Annual report of the Civil Veterinary Department, Bengal, for the year 1897-98 - 1897-1898
Year: 1897
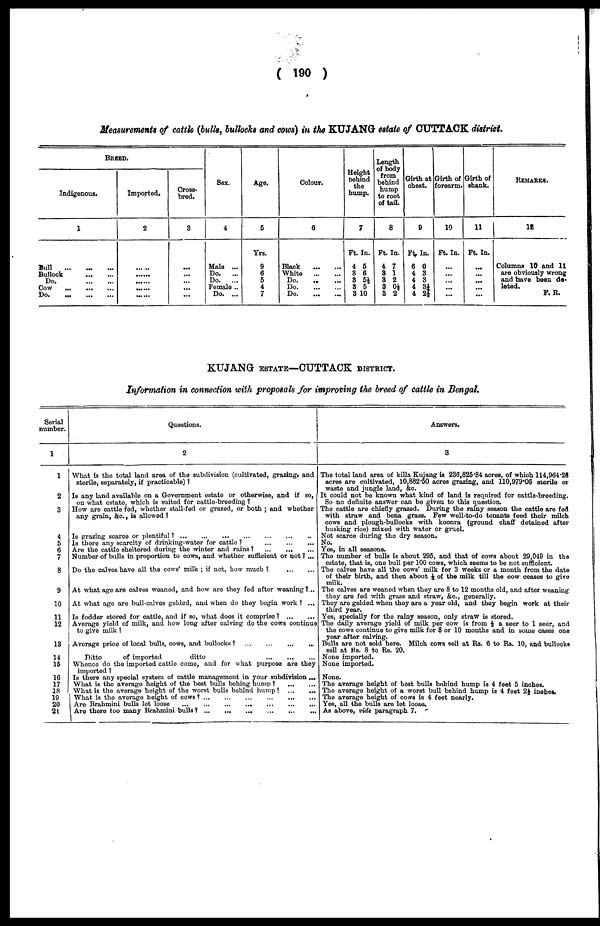
( 190 )
Measurement of cattle (bulls, bullocks and cows) in the KUJANG estate of CUTTACK district.
BREED.
Indigenous.
1
Bull
...
...
...
Bullock
...
...
Do.
...
...
Cow
...
...
...
Do.
...
...
...
Imported.
2
... ...
... ...
... ...
... ...
... ...
Cross-
bred.
3
...
...
...
...
...
Sex.
4
Male ...
Do.
...
Do.
...
Female ..
Do. ...
Age.
5
Yrs.
9
6
5
4
7
Colour.
6
Black
...
...
White
...
...
Do.
...
...
Do.
...
...
Do.
...
...
Height
behind
the
hump.
7
Ft.
4
3
3
3
3
In.
5
6
5½
5
10
Length
of body
from
behind
hump
to root
of tail.
8
Ft.
4
3
3
3
3
In.
7
1
2
0½
2
Girth at
chest.
9
Ft
6
4
4
4
4
In.
0
3
3
3¼
2½
Girth of
forearm.
10
Ft. In.
...
...
...
...
...
Girth of
shank.
11
Ft. In.
...
...
...
...
REMARKS.
12
Columns 10 and 11
are obviously wrong
and have been da-
leted.
F.R.
KUJANG ESTATE—CUTTACK DISTRICT.
Information in connection with proposals for improving the breed of cattle in Bengal.
Serial
number.
1
1
2
3
4
5
6
7
8
9
10
11
12
13
14
15
16
17
18
19
20
21
Questions.
2
What is the total land area of the subdivision (cultivated, grazing, and
sterile, separately, if practicable) ?
Is any land available on a Government estate or otherwise, and if so,
on what estate, which is suited for cattle-breeding ?
How are cattle fed, whether stall-fed or grazed, or both ; and whether
any grain, &c., is allowed ?
Is grazing scarce or plentiful?
...
...
...
...
...
...
...
Is there any scarcity of drinking-water for cattle?
...
...
...
Are the cattle sheltered during the winter and rains ?
...
...
...
Number of bulls in proportion to cows, and whether sufficient or not ? ...
Do the calves have all the cows' milk ; if not, how much ? ... ...
At what age are calves weaned, and how are they fed after weaning? ...
At what age are bull-calves gelded, and when do they begin work ? ...
Is fodder stored for cattle, and if so, what does it comprise ?
...
...
Average yield of milk, and how long after calving do the cows continue
to give milk ?
Average price of local bulls, cows, and bullocks?
...
...
...
...
Ditto
of imported
ditto
...
...
...
Whence do the imported cattle come, and for what purpose are they
imported ?
Is there any special system of cattle management in your subdivision ...
What is the average height of the best bulls behing hump?
...
...
What is the average height of the worst bulls behind hump?
...
...
What is the average height of cows?
...
...
...
...
...
...
Are Brahmini bulls let loose
...
...
...
...
...
...
...
1 Are there too many Brahmini bulls ?
...
...
...
...
...
...
Answers.
3
The total land area of killa Kujang is 236,825.84 acres, of which 114,964.28
acres are cultivated, 10,882.50 acres grazing, and 110,979.06 sterile or
waste and jungle land, &c.
It could not be known what kind of land is required for cattle-breeding.
So no definite answer can be given to this question.
The cattle are chiefly grazed. During the rainy season the cattle are fed
with straw and bena grass. Few well-to-do tenants feed their milch
cows and plough-bullocks with koonra (ground chaff detained after
husking rice) mixed with water or gruel.
Not scarce during the dry season.
No.
Yes, in all seasons.
The number of bulls is about 295, and that of cows about 29,049 in the
estate, that is, one bull per 100 cows, which seems to be not sufficient.
The calves have all the cows' milk for 3 weeks or a month from the date
of their birth, and then about ⅛ of the milk till the cow ceases to give
The calves are weaned when they are 8 to 12 months old, and after weaning
they are fed with grass and straw, &c, generally.
They are gelded when they are a year old, and they begin work at their
third year.
Yes, specially for the rainy season, only straw is stored.
The daily average yield of milk per cow is from ½ a seer to 1 seer, and
the cows continue to give milk for 8 or 10 months and in some cases one
year after calving.
Bulls are not sold here. Milch cows sell at Rs. 6 to Rs. 10, and bullocks
sell at Rs. 8 to Rs. 20.
None imported.
None imported.
None.
The average height of best bulls bebind hump is 4 feet 5 inches.
The average height of a worst bull behind hump is 4 feet 2½ inches.
The average height of cows is 4 feet nearly.
Yes, all the bulls are let loose.
As above, vide paragraph 7.